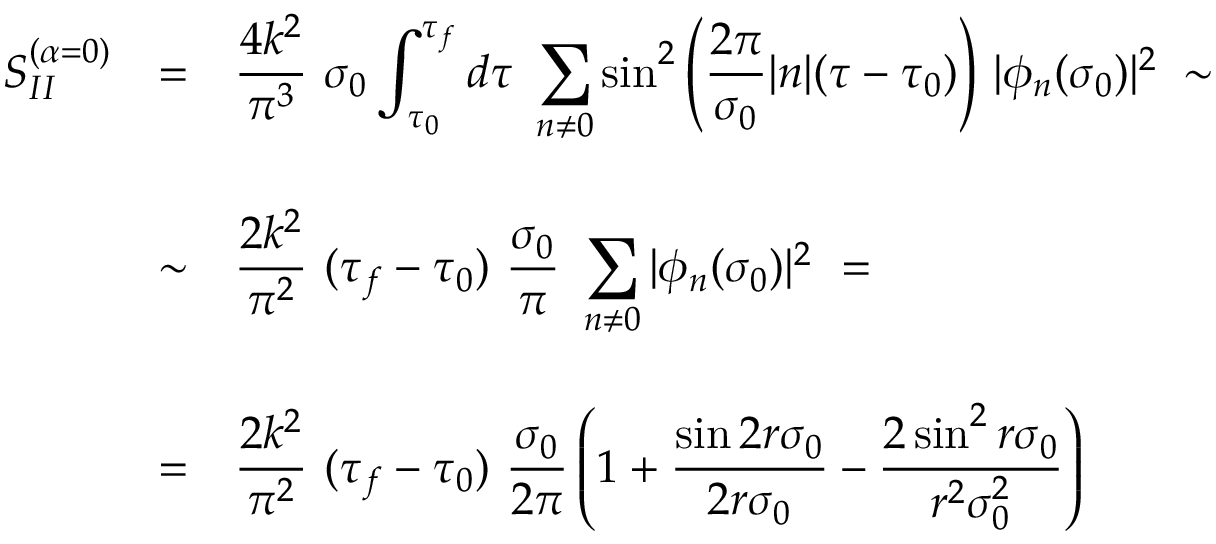
\begin{array} { l c l } { { S _ { I I } ^ { ( \alpha = 0 ) } } } & { { = } } & { { { \displaystyle \frac { 4 k ^ { 2 } } { \pi ^ { 3 } } ~ \sigma _ { 0 } \int _ { \tau _ { 0 } } ^ { \tau _ { f } } d \tau ~ \sum _ { n \neq 0 } ^ { } { \sin } ^ { 2 } \left( \frac { 2 \pi } { \sigma _ { 0 } } | n | ( \tau - \tau _ { 0 } ) \right) } ~ | \phi _ { n } ( \sigma _ { 0 } ) | ^ { 2 } \; \sim } } \\ { { } } & { { } } & { { } } \\ { { } } & { { \sim } } & { { { \displaystyle \frac { 2 k ^ { 2 } } { \pi ^ { 2 } } ~ ( \tau _ { f } - \tau _ { 0 } ) ~ \frac { \sigma _ { 0 } } { \pi } ~ \sum _ { n \neq 0 } ^ { } | \phi _ { n } ( \sigma _ { 0 } ) | ^ { 2 } } ~ = } } \\ { { } } & { { } } & { { } } \\ { { } } & { { = } } & { { { \displaystyle \frac { 2 k ^ { 2 } } { \pi ^ { 2 } } ~ ( \tau _ { f } - \tau _ { 0 } ) ~ \frac { \sigma _ { 0 } } { 2 \pi } \left( 1 + \frac { \sin 2 r \sigma _ { 0 } } { 2 r \sigma _ { 0 } } - \frac { 2 \, { \sin } ^ { 2 } \, r \sigma _ { 0 } } { r ^ { 2 } \sigma _ { 0 } ^ { 2 } } \right) } } } \end{array}